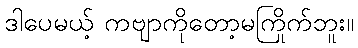
ဒါပေမယ့် ကဗျာကိုတော့မကြိုက်ဘူး။